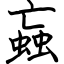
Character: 蝱